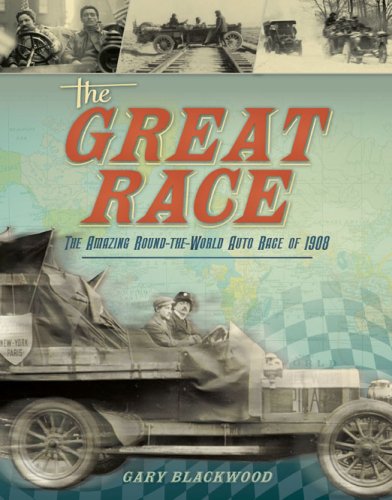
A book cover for The Great Race: The Amazing Round-the-World Auto Race of 1908; Gary Blackwood; Children's Books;